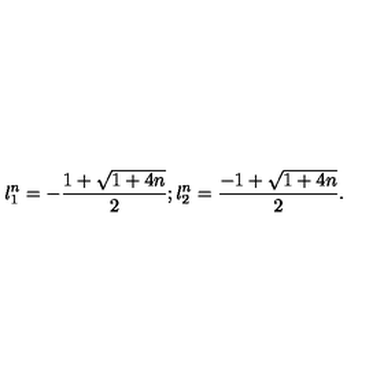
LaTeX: { l _ { 1 } ^ { n } } = - \frac { 1 + \sqrt { 1 + 4 n } } { 2 } ; { l _ { 2 } ^ { n } } = \frac { - 1 + \sqrt { 1 + 4 n } } { 2 } .